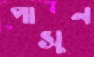
পাসুন